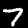
Label: 7